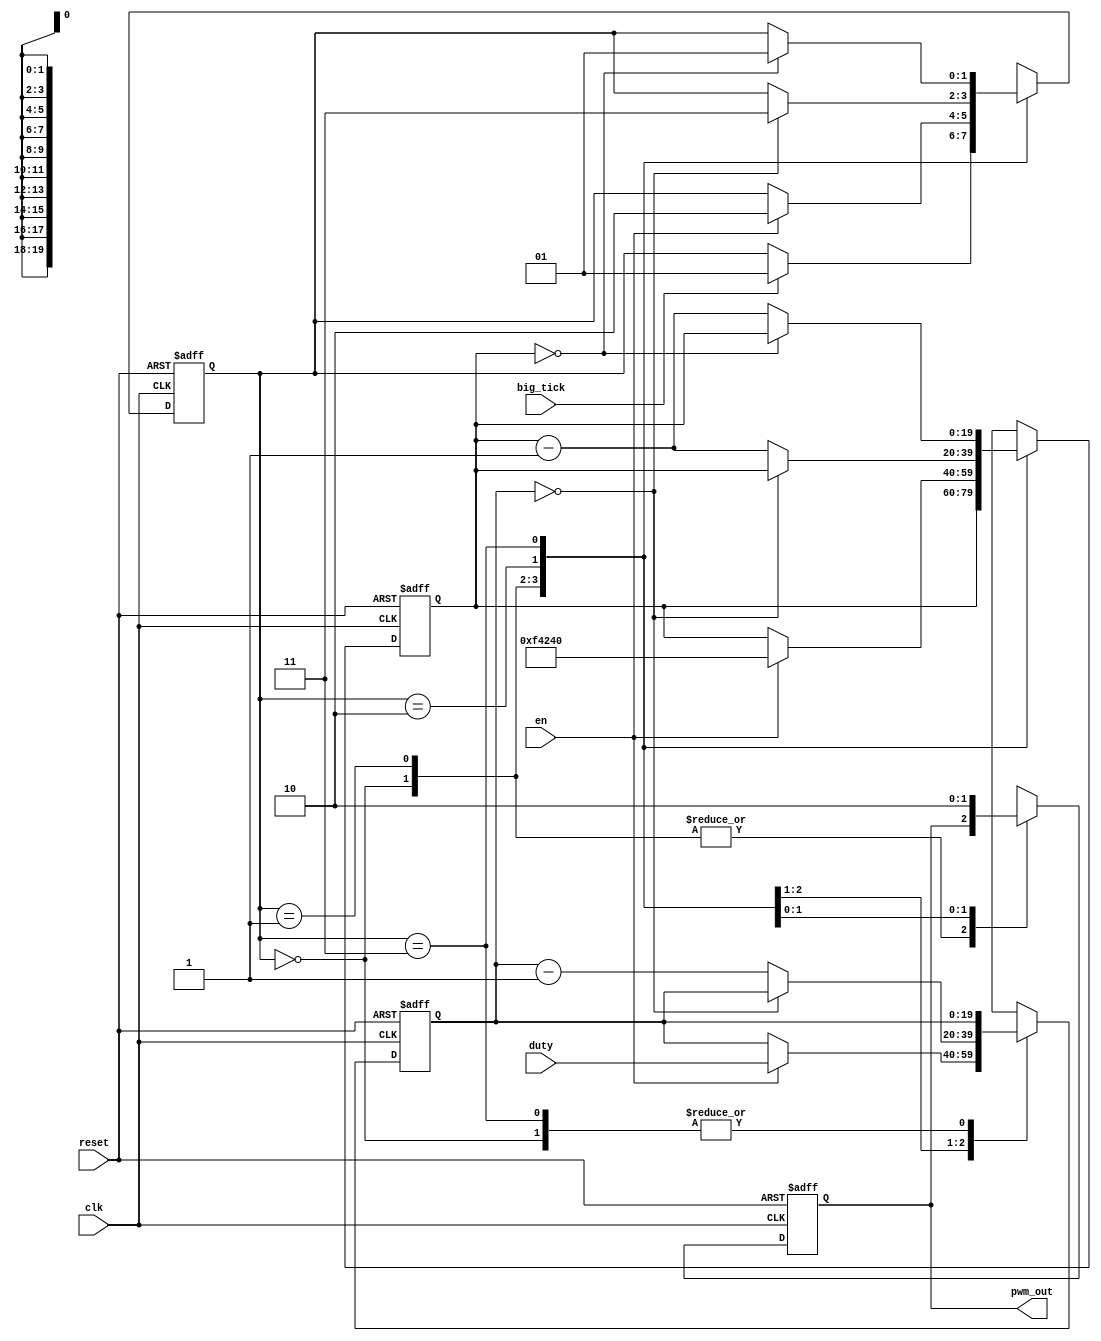
// 1 ms	  >> duty= 20'd50000
// 1.5 ms  >> duty= 20'd75000
// 2 ms	  >> duty= 20'd100000
// 50 HZ  >> period=1000000
module pwm_generator
	#(
		parameter period = 20'd1000000,		// period of pwm signal =  servo period * system frequancy
					 pbit = 20,			// bits to store period
					 dbit = 20			// bits to store duty cycle
	  )
  (
	input wire clk, reset,
	input wire en,	big_tick,					// start preduce the signal
	input wire [dbit-1:0] duty,   // duty cycle from previous stage 8-bit
	output wire pwm_out           // output signal mapped to servo
   );

	//symbolic state decleration
	localparam [1:0]
		start = 2'b00,
		idle = 2'b01,
		one  = 2'b10,
		zero = 2'b11;
		
	//signal decleration
	reg pwm_next, pwm_reg;
	reg [1:0] state_next, state_reg;
	reg [dbit-1:0] dut_next, dut_reg;
	reg [pbit-1:0] per_next, per_reg;
	
	//body
	//FSMD state & data regesters
	always @(posedge clk, posedge reset)
		if (reset)
			begin
				state_reg <= start;
				dut_reg <= 0;
				per_reg <= 0;
				pwm_reg <= 0;
			end
		else
			begin
				state_reg <= state_next;
				dut_reg <= dut_next;
				per_reg <= per_next;
				pwm_reg <= pwm_next;
			end
	
	//FSMD next-state logic
	always @*
	begin
		state_next = state_reg;
		dut_next = dut_reg;
		per_next = per_reg;
		pwm_next = pwm_reg;
		case (state_reg)
		
			start:
				if (big_tick)
					state_next = idle;
			idle:
			
				if (en)
					begin
						state_next = one;
						dut_next = duty;
						per_next = period;
					end
			one:
				begin
					pwm_next = 1'b1;
					if (dut_reg == 0)
						state_next = zero;
					else
						begin
							dut_next = dut_reg - 1;
							per_next = per_reg - 1;
						end
				end
			zero:
				begin
					pwm_next = 1'b0;
					if (per_reg == 0)
						state_next = idle;
					else
						per_next = per_reg - 1;
				end
			default: state_next = idle;
		endcase
	end
	
	//output logic
	assign pwm_out = pwm_reg;

endmodule